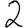
Digit: 2